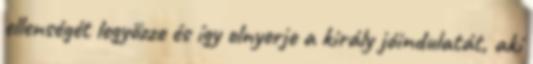
ellenségét legyőzze és így elnyerje a király jóindulatát, aki